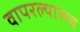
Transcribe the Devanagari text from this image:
वापरल्यासच